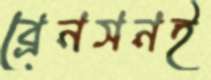
ব্রেনসনই